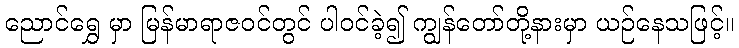
ညောင်ရွှေ မှာ မြန်မာရာဇဝင်တွင် ပါဝင်ခဲ့၍ ကျွန်တော်တို့နားမှာ ယဉ်နေသဖြင့်။